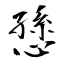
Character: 愻